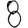
Digit: 8